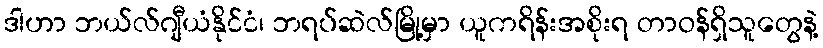
ဒါဟာ ဘယ်လ်ဂျီယံနိုင်ငံ၊ ဘရပ်ဆဲလ်မြို့မှာ ယူကရိန်းအစိုးရ တာဝန်ရှိသူတွေနဲ့